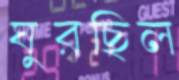
ঘুরছিল